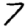
Digit: 7